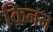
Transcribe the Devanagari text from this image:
किनन